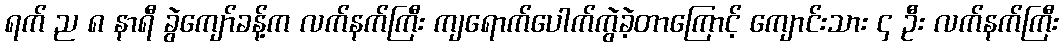
ရက် ည ၈ နာရီ ခွဲကျော်ခန့်က လက်နက်ကြီး ကျရောက်ပေါက်ကွဲခဲ့တာကြောင့် ကျောင်းသား ၄ ဦး လက်နက်ကြီး